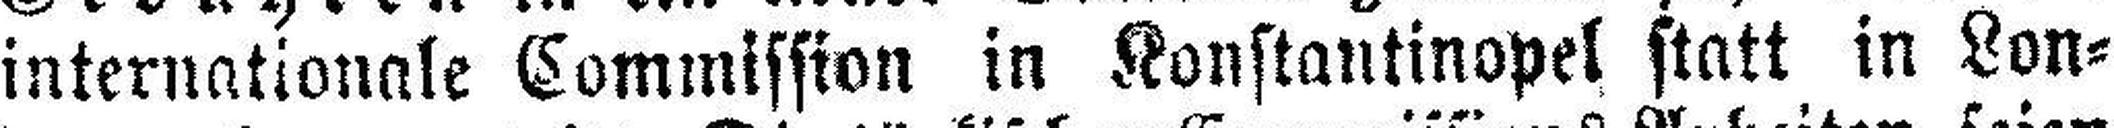
internationale Commission in Konstantinopel statt in Lon¬